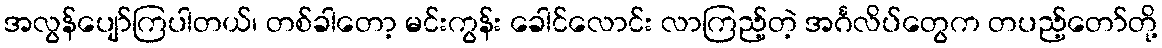
အလွန်ပျော်ကြပါတယ်၊ တစ်ခါတော့ မင်းကွန်း ခေါင်လောင်း လာကြည့်တဲ့ အင်္ဂလိပ်တွေက တပည့်တော်တို့